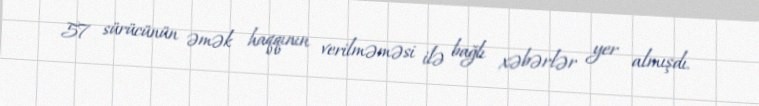
57 sürücünün əmək haqqının verilməməsi ilə bağlı xəbərlər yer almışdı.